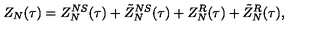
Z _ { N } ( \tau ) = Z _ { N } ^ { N S } ( \tau ) + \tilde { Z } _ { N } ^ { N S } ( \tau ) + Z _ { N } ^ { R } ( \tau ) + \tilde { Z } _ { N } ^ { R } ( \tau ) ,